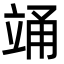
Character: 𮄯